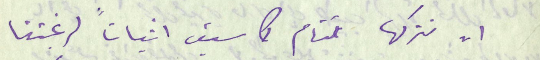
ان نتركها تنام كما سبق اثباتاً لرغبتنا